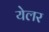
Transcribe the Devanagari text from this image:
येलर